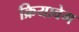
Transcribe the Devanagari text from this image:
क्रियावेग